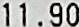
11.90